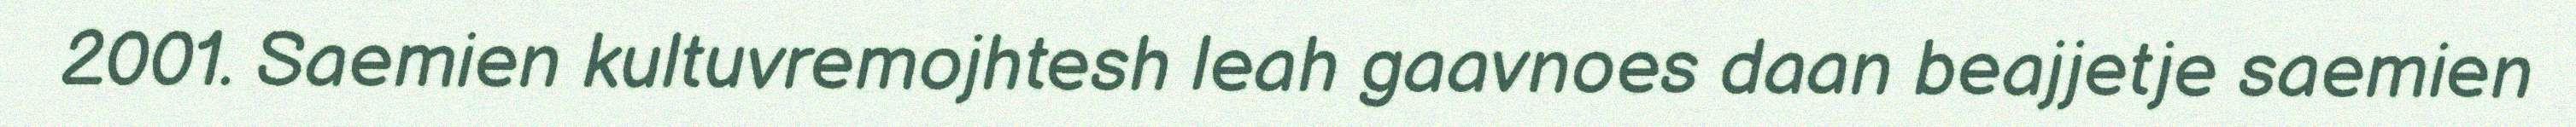
2001. Saemien kultuvremojhtesh leah gaavnoes daan beajjetje saemien